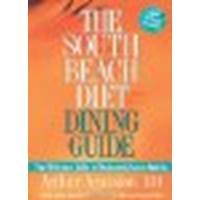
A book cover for The South Beach Diet Dining Guide: Your Reference Guide to Restaurants Across America by Agatston, Arthur [Rodale Books, 2005] (Paperback) [Paperback]; Agatston; Health, Fitness & Dieting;